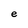
Character: e